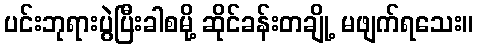
ပင်းဘုရားပွဲပြီးခါစမို့ ဆိုင်ခန်းတချို့ မဖျက်ရသေး။